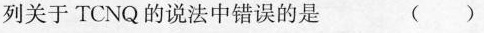
列关于TCNQ的说法中错误的是 ( )